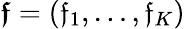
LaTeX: \boldsymbol{\mathfrak{f}}=(\mathfrak{f}_{1},\dots,\mathfrak{f}_{K})